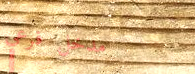
مدخل فرعي